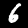
Digit: 6